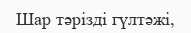
Шар тәрізді гүлтәжі,